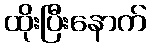
ထိုးပြီးနောက်